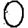
Digit: 0